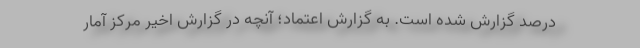
درصد گزارش شده است. به گزارش اعتماد؛ آنچه در گزارش اخير مركز آمار